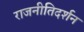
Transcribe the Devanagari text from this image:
राजनीतिदर्शन